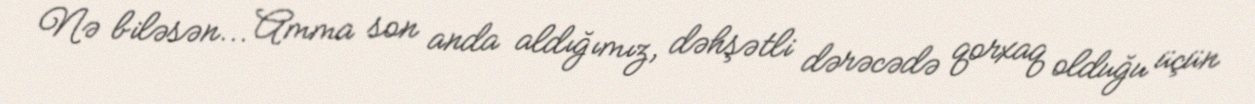
Nə biləsən... Amma son anda aldığımız, dəhşətli dərəcədə qorxaq olduğu üçün